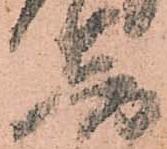
音